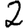
Digit: 2